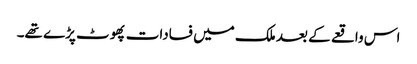
اس واقعے کے بعد ملک میں فسادات پھوٹ پڑے تھے۔